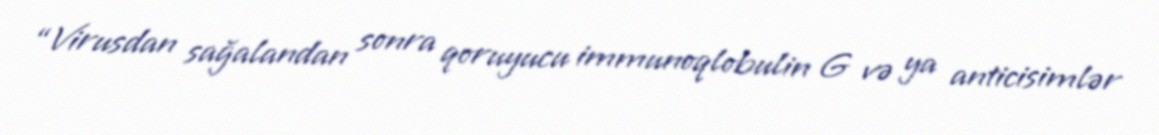
“Virusdan sağalandan sonra qoruyucu immunoqlobulin G və ya anticisimlər